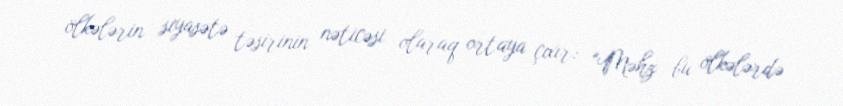
ölkələrin siyasətə təsirinin nəticəsi olaraq ortaya çıxır: “Məhz bu ölkələrdə